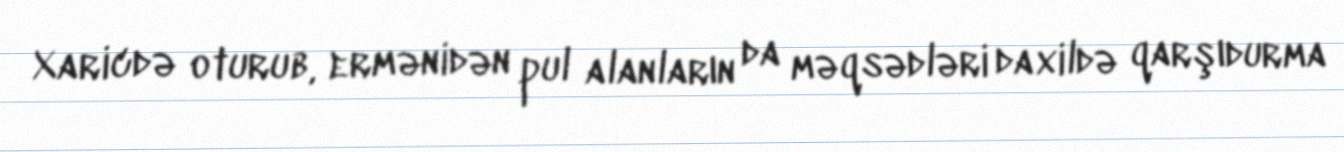
Xaricdə oturub, ermənidən pul alanların da məqsədləri daxildə qarşıdurma